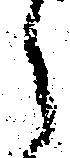
之